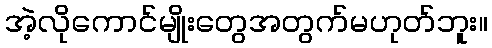
အဲ့လိုကောင်မျိုးတွေအတွက်မဟုတ်ဘူး။